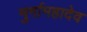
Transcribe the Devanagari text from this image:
मुर्गामहादेव